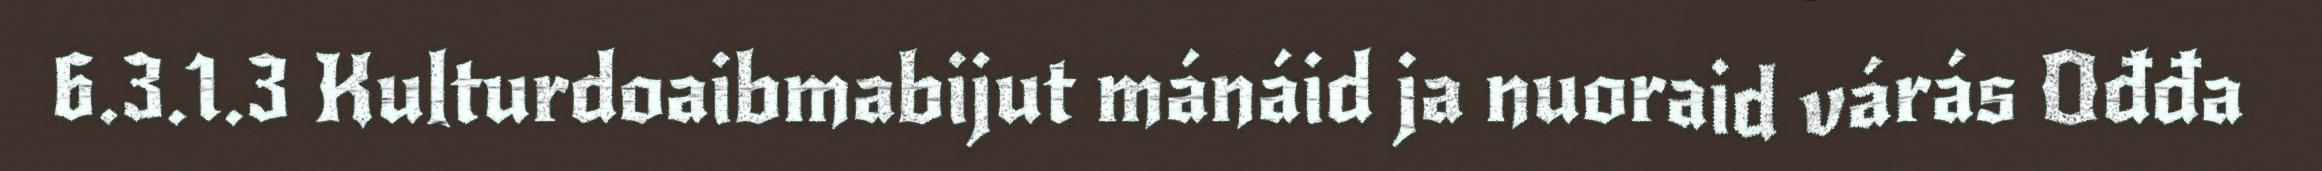
6.3.1.3 Kulturdoaibmabijut mánáid ja nuoraid várás Ođđa